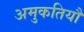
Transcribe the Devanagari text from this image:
अमुकतियौ